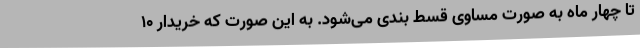
تا چهار ماه به صورت مساوی قسط بندی می‌شود. به این صورت که خریدار ۱۰